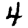
Digit: 4